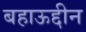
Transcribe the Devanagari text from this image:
बहाऊद्दीन